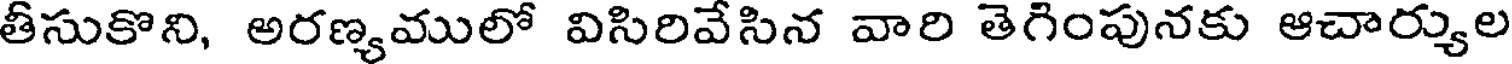
తీసుకొని, అరణ్యములో విసిరివేసిన వారి తెగింపునకు ఆచార్యుల